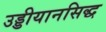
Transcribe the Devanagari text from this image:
उड्डीयानसिद्ध